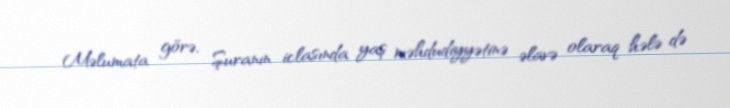
Məlumata görə, Şuranın iclasında yaş məhdudiyyətinə əlavə olaraq hələ də